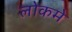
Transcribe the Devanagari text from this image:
लोकमे